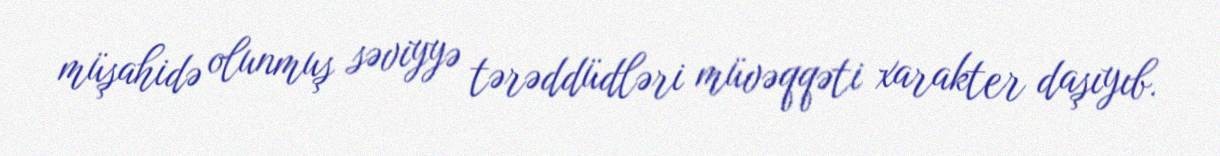
müşahidə olunmuş səviyyə tərəddüdləri müvəqqəti xarakter daşıyıb.